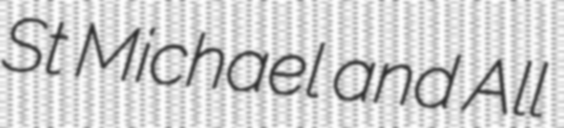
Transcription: St Michael and All